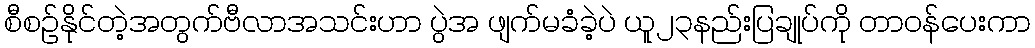
စီစဥ်နိုင်တဲ့အတွက်ဗီလာအသင်းဟာ ပွဲအ ဖျက်မခံခဲ့ပဲ ယူ၂၃နည်းပြချုပ်ကို တာဝန်ပေးကာ